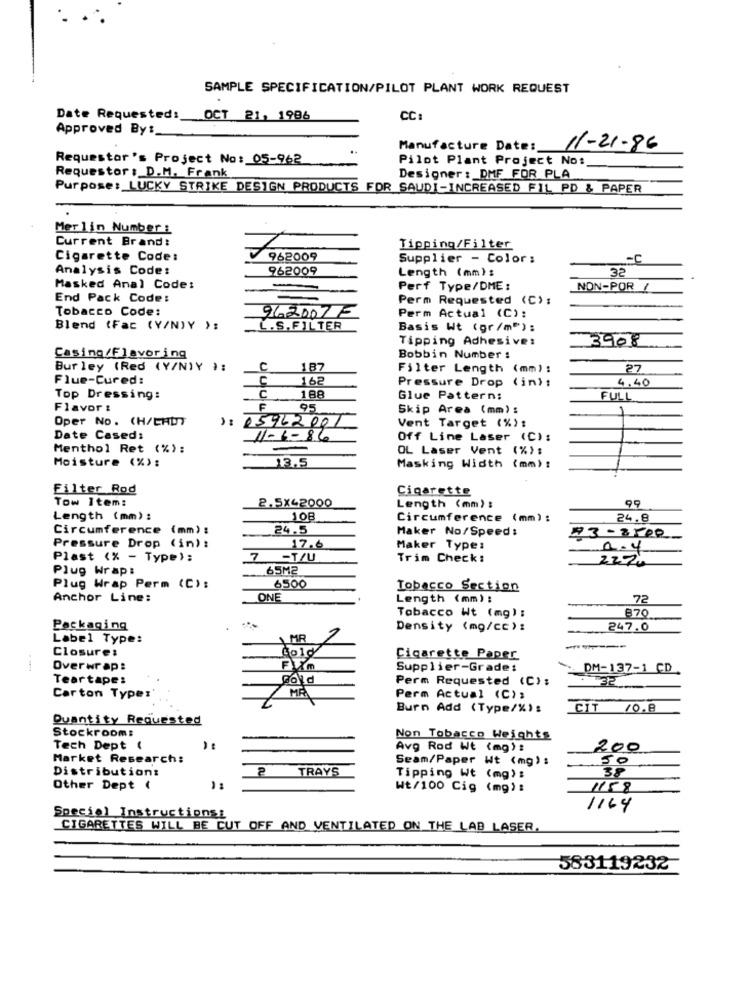
SAMPLE SPECIFICATION/PILOT PLANT WORK REQUEST
Date Requested: OCT 21, 1986
CC:
Approved By :_
Manufacture Date:
11-21-86
Requestor's Project No: 05-962
Pilot Plant Project No:
Requestor : D.M. Frank
Designer : DMF FOR PLA
Purpose :_ LUCKY STRIKE DESIGN PRODUCTS FOR SAUDI-INCREASED FIL PD & PAPER
Merlin Number :
Current Brand:
Tipping/Filter
Cigarette Code:
962009
Supplier - Color:
-C
Analysis Code:
962009
Length (mm);
32
Masked Anal Code:
Perf Type/DME:
NON-POR
1
End Pack Code:
Perm Requested (C):
Tobacco Code:
962007 F
Perm Actual (C):
Blend (Fac (Y/N)Y ):
L.S. FILTER
Basis Wt (gr/m");
Tipping Adhesive:
3908
Casing/Flavoring
Bobbin Number :
Bur ley (Red (Y/NIY ):
C
187
Filter Length (mm) :
27
Flue-Cured:
C
162
Pressure Drop (in):
4.40
Top Dressing:
188
Glue Pattern:
FULL
Flavor :
F
95
Skip Area (mm) :
Oper No. (H/CHUT
Vent Target (%):
) : 05962001
Date Cased:
11-6-86
Off Line Laser (C):
Menthol Ret (%):
OL Laser Vent (%) :
Moisture (%) :
13,5
Masking Width (mm) :
Filter Rod
Cigarette
Tow Item:
2.5x42000
99
Length (mm) :
Length (mm) :
108
Circumference (mm) :
24.8
Circumference (mm) :
24.5
Maker No/Speed:
17.6
Pressure Drop (in) :
Maker Type:
2.4
Plast (% - Type) :
-T/U
Trim Check:
222.
Plug Wrap:
65M2
Plug Wrap Perm (C):
6500
Tobacco Section
Anchor Line:
ONE
Length (mm) :
72
870
Tobacco Wt (mg) :
Packaging
Density (mg/cc):
247.0
Label Type:
1 MR
Closure:
Čo1
Cigarette Paper
Overwrap:
Im
Supplier-Grade:
DM-137-1 CD
Teartape:
gold
Perm Requested (C):
32
MR
Carton Type:
Perm Actual (C);
Burn Add (Type/%)s
CIT /0.8
Quantity Requested
Stockroom:
Non Tobacco Weights
Tech Dept (
Avg Rod Wt (mg) :
200
Market Research:
Seam/Paper Wt (mg) :
50
Distribution:
2
TRAYS
Tipping Wt (mg) :
Other Dept (
Wt/100 Cig (mg) :
1158
1164
Special Instructionss
CIGARETTES WILL BE CUT OFF AND VENTILATED ON THE LAB LASER.
583119232